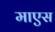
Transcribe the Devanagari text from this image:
माएस